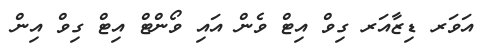
އަވަރ ޑިޒާއަރ ގިވް އިޓް ވެން އައި ވޯންޓް އިޓް ގިވް އިން